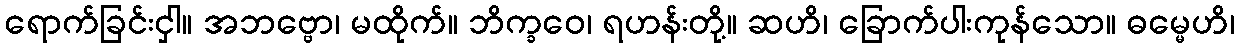
ရောက်ခြင်းငှါ။ အဘဗ္ဗော၊ မထိုက်။ ဘိက္ခဝေ၊ ရဟန်းတို့။ ဆဟိ၊ ခြောက်ပါးကုန်သော။ ဓမ္မေဟိ၊